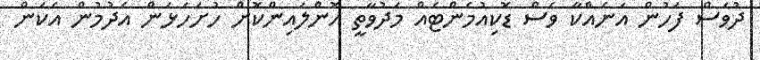
ދުވަސް ފަހުން އަނެއްކާ ވެސް ޑޮކިއުމެންޓެއް މަދުވާތީ އޮންލައިންކޮށް ހުށަހަޅަން އެދުމުން އެކަން